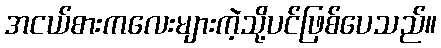
အငယ်စားကလေးများကဲ့သို့ပင်ဖြစ်ပေသည်။